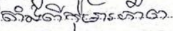
តាំងពីកុមារភាព